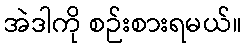
အဲဒါကို စဉ်းစားရမယ်။